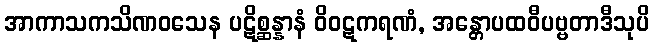
အာကာသကသိဏဝသေန ပဋိစ္ဆန္နာနံ ဝိဝဋကရဏံ, အန္တောပထဝီပဗ္ဗတာဒီသုပိ